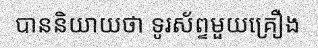
បាននិយាយថា ទូរស័ព្ទមួយគ្រឿង